Scottish Leaving Certificate Examination, 1959
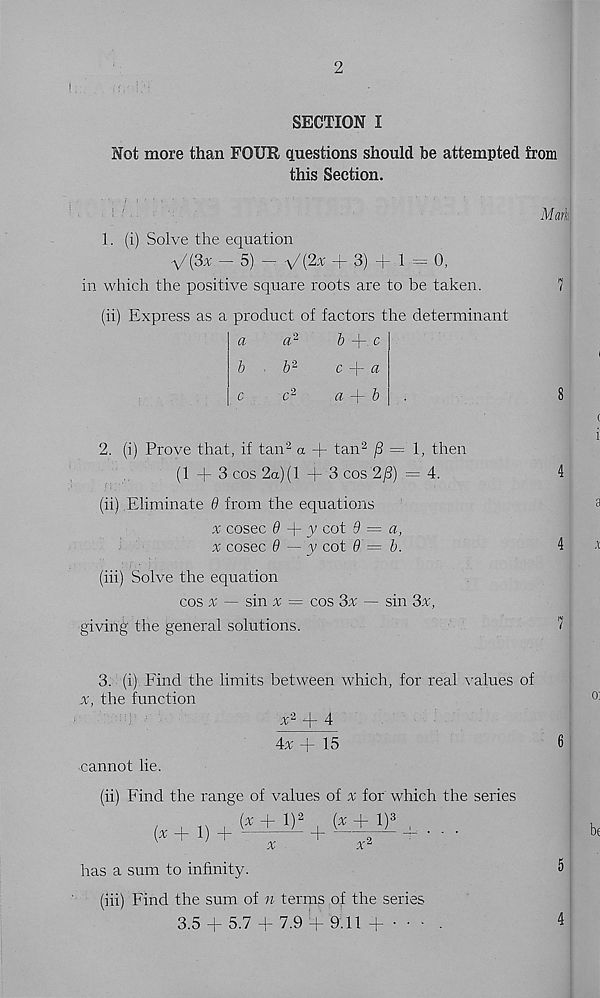
SECTION I
Not more than FOUR questions should be attempted from
this Section.
1. (i) Solve the equation
V(3* - 5) - v (2* + 3) + 1 = 0,
in which the positive square roots are to be taken.
(ii) Express as a product of factors the determinant
a
a 1
5 + c
b
b 2
c + a
Mark
2. (i) Prove that, if tan 2 a + tan 2 /3 = 1, then
(1 + 3 cos 2a) (1+ 3 cos 2/2) = 4.
(ii) Eliminate 6 from the equations
.v cosec 9 + y cot 6 = a,
x cosec 6 — y cot 9 = b.
; •
(hi) Solve the equation
cos % — sin % = cos 3x — sin 3x,
giving the general solutions.
3. (i) Find the limits between which, for real values of
x, the function
v 2 + 4
4x + 15
cannot lie.
(ii) Find the range of values of x for which the series
(*+l) 2
(* + 1)3 ,
* + 1 +
+
— -v • - •
X
* a
has a sum to infinity.
(hi) Find the sum of n terms of the series
3.5 + 5.7 + 7.9 + 9.11 + • • • .
4